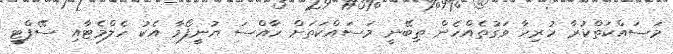
މަސައްކަތްކުރާ ހުރިހާ ވަގުތެއްހެން ތިބޭނީ މަސައްކަތަށް ހާއްސަ ޔުނީފޯމާ އެކު ހެލްމެޓާއި ސޭފްޓީ